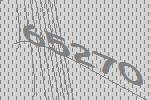
65270